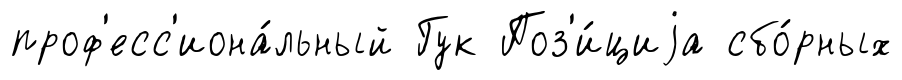
проф'есс'иона́льный Гук Поз'и́циjа сбо́рных